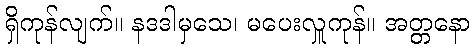
ရှိကုန်လျက်။ နဒဒါမှသေ၊ မပေးလှူကုန်။ အတ္တနော